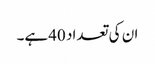
ان کی تعداد 40ہے۔